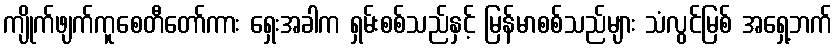
ကျိုက်ဖျက်ကူစေတီတော်ကား ရှေးအခါက ရှမ်းစစ်သည်နှင့် မြန်မာစစ်သည်များ သံလွင်မြစ် အရှေ့ဘက်